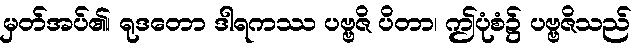
မှတ်အပ်၏၊ ရုဒတော ဒါရကဿ ပဗ္ဗဇိ ပိတာ၊ ဤပုံစံ၌ ပဗ္ဗဇိသည်